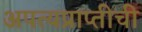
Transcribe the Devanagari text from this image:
अपत्यप्राप्तीची